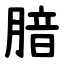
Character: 腤